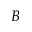
B